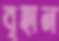
বৃহান